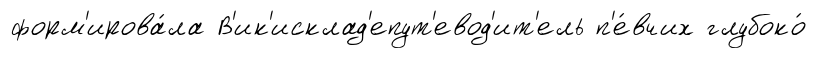
форм'ирова́ла В'ик'исклад'епут'евод'ит'ель п'е́вчих глубоко́